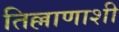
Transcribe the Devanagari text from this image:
तिल्लाणाशी